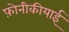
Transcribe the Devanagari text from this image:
फ़ोनीकीयाई